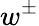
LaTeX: w^{\pm}